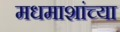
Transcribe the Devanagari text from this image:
मधमाशांच्या